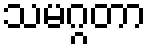
သမဂ္ဂတာ